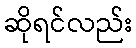
ဆိုရင်လည်း